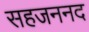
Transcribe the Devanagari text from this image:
सहजननद